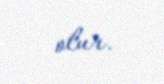
olur.